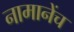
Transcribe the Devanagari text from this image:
नामानेंच